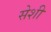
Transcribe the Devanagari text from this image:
सेशी